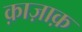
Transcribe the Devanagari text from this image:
क़ाज़ाक़